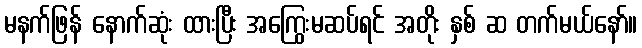
မနက်ဖြန် နောက်ဆုံး ထားပြီး အကြွေးမဆပ်ရင် အတိုး နှစ် ဆ တက်မယ်နော်။